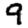
Digit: 9